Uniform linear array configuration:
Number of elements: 4
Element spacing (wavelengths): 1
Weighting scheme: kaiser
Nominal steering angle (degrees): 0
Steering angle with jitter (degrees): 1.566
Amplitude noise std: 0.05
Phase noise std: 0.05

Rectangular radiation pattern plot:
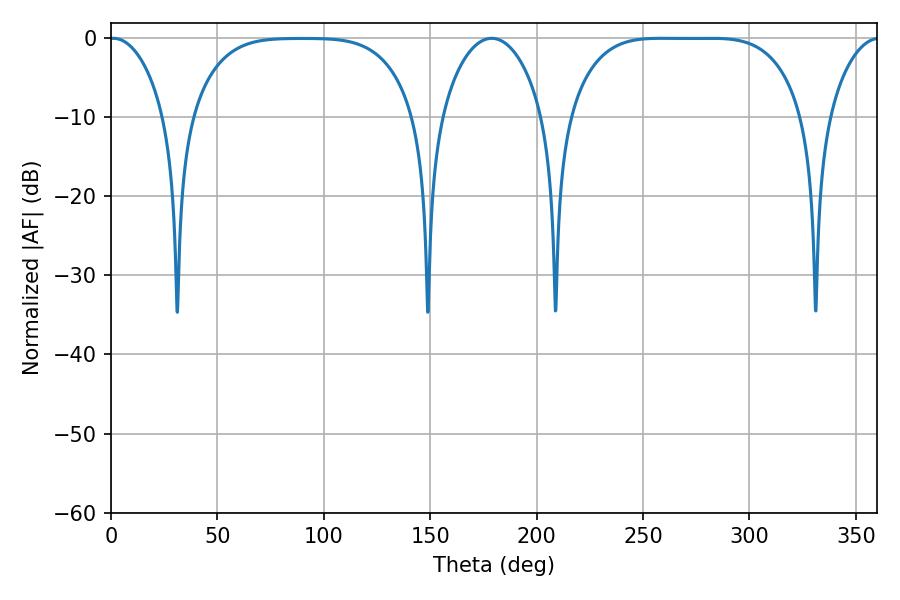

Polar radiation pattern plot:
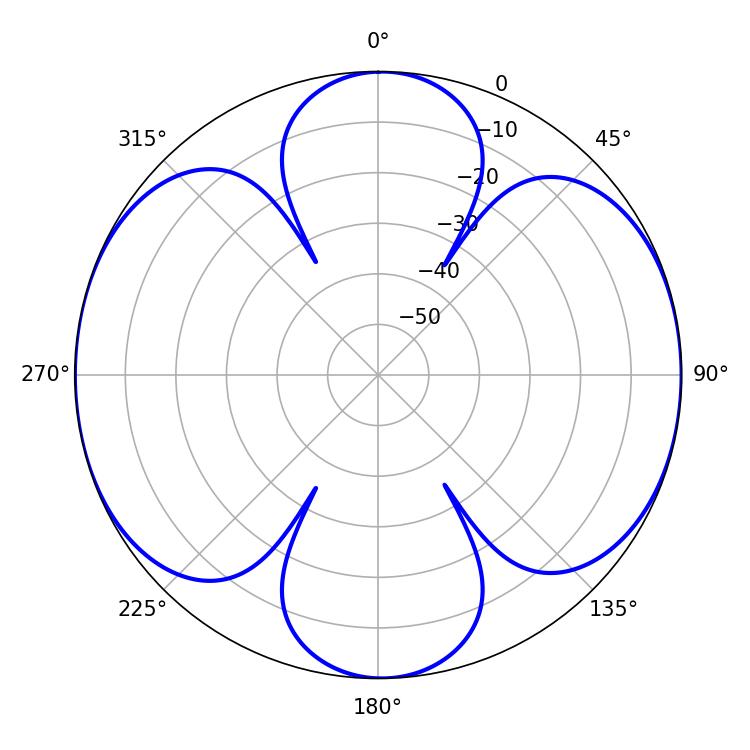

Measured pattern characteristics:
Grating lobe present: TRUE
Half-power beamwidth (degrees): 83.52
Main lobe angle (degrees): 258.66